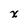
Character: x